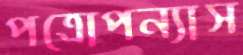
পত্রোপন্যাস